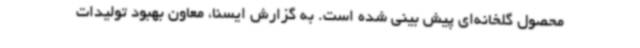
محصول گلخانه‌ای پیش بینی شده است. به گزارش ایسنا، معاون بهبود تولیدات